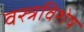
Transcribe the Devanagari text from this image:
वस्त्रविशेष